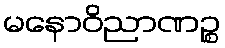
မနောဝိညာဏဉ္စ